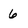
Character: 6